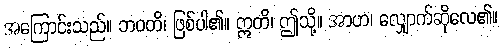
အကြောင်းသည်။ ဘဝတိ၊ ဖြစ်ပါ၏။ ဣတိ၊ ဤသို့။ အာဟ၊ လျှောက်ဆိုလေ၏။